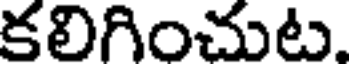
కలిగించుట.